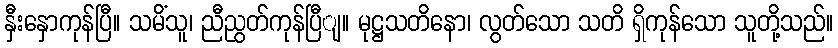
နှီးနှောကုန်ပြီ။ သမိံသူ၊ ညီညွတ်ကုန်ပြီျ။ မုဋ္ဌသတိနော၊ လွတ်သော သတိ ရှိကုန်သော သူတို့သည်။